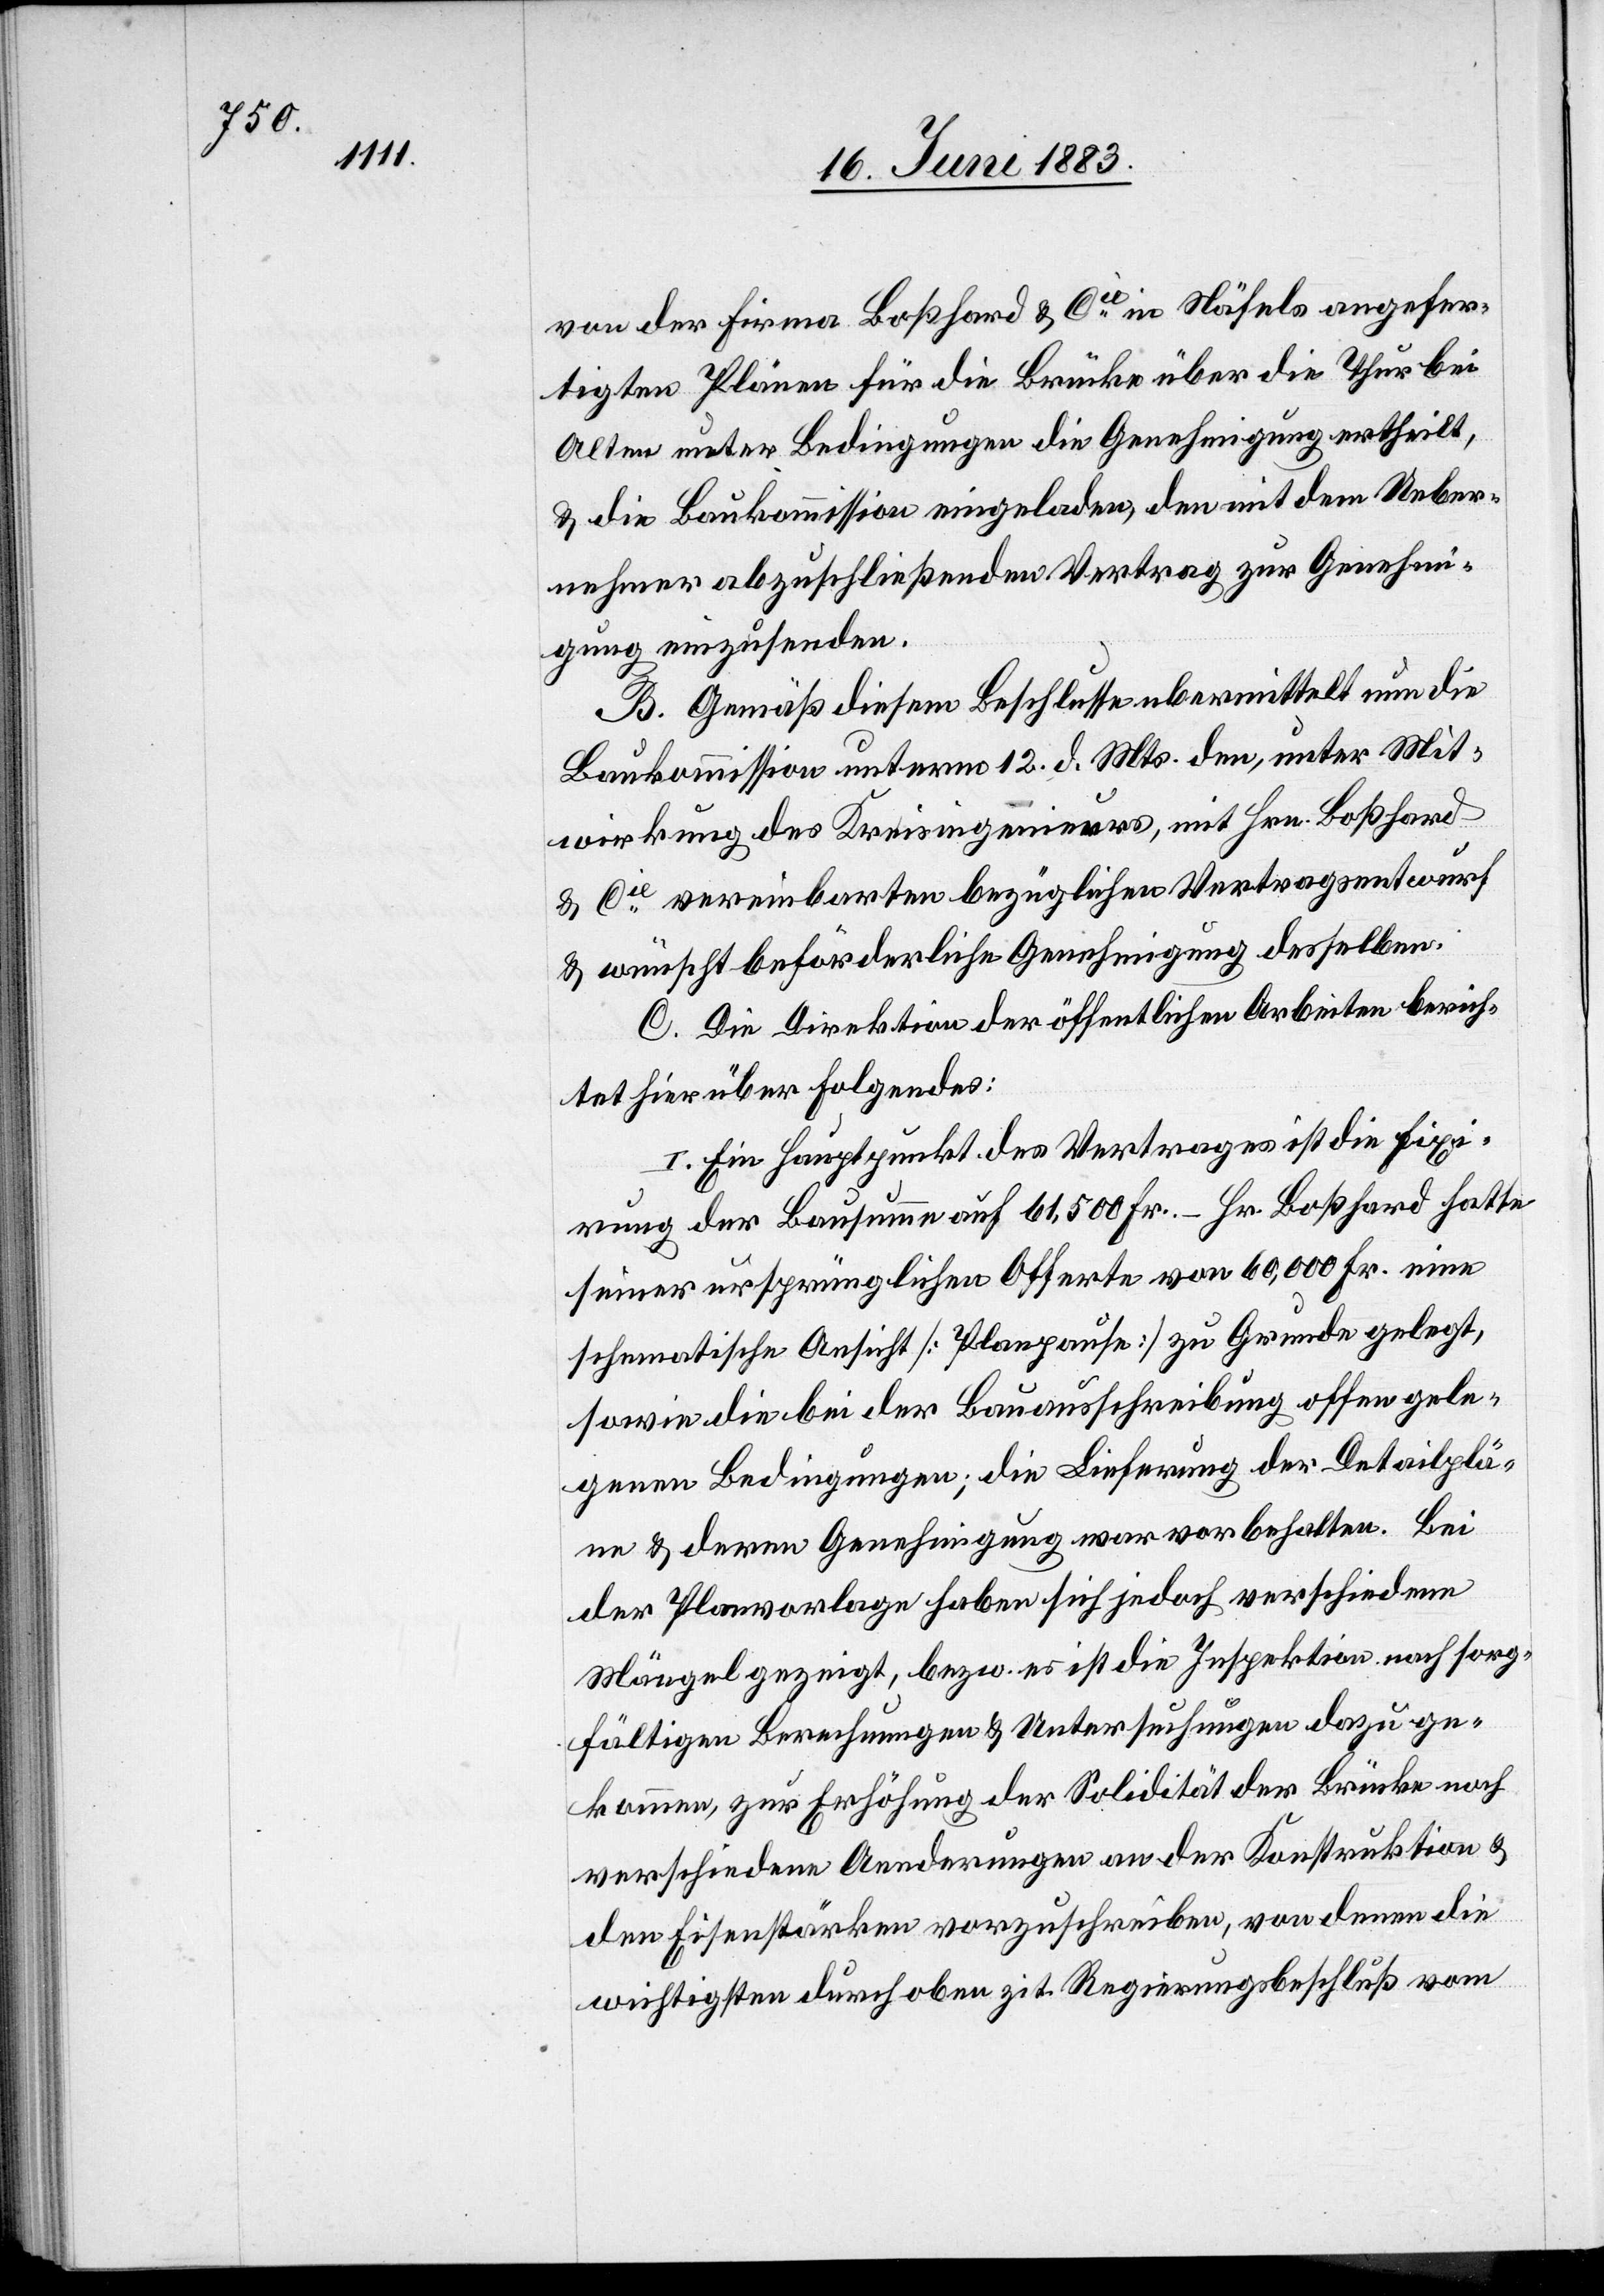
von der Firma Boßhard & Cie in Näfels angefer¬
tigten Plänen für die Brücke über die Thur bei
Alten unter Bedingungen die Genehmigung ertheilt,
& die Baukommission eingeladen, den mit dem Ueber¬
nehmer abzuschließenden Vertrag zur Genehmi¬
gung einzusenden.
B. Gemäß diesem Beschlusse ubermittelt [sic!] nun
Baukommission unterm 12. d. Mts. den, unter Mit¬
wirkung des Kreisingenieurs, mit Hrn. Boßhard
& Cie vereinbarten bezüglichen Vertragsentwurf
& wünscht beförderliche Genehmigung desselben.
C. Die Direktion der öffentlichen Arbeiten berich¬
tet hierüber folgendes:
I. Ein Hauptpunkt des Vertrages ist die Fixi¬
rung der Bausumme auf 61,500 Fr. – Hr. Boßhard hatte
seiner ursprünglichen Offerte von 60,000 Fr. eine
schematische Ansicht [Planpause] zu Grunde gelegt,
sowie die bei der Bauausschreibung offen gele¬
genen Bedingungen; die Lieferung der Detailplä¬
ne & deren Genehmigung war vorbehalten. Bei
der Planvorlage haben sich jedoch verschiedene
Mängel gezeigt, bezw. es ist die Inspektion nach sorg¬
fältigen Berechnungen & Untersuchungen dazu ge¬
kommen, zur Erhöhung der Solidität der Brücke noch
verschiedene Aenderungen an der Konstruktion &
den Eisenstärken vorzuschreiben, von denen die
wichtigsten durch oben zit. Regierungsbeschluß vom